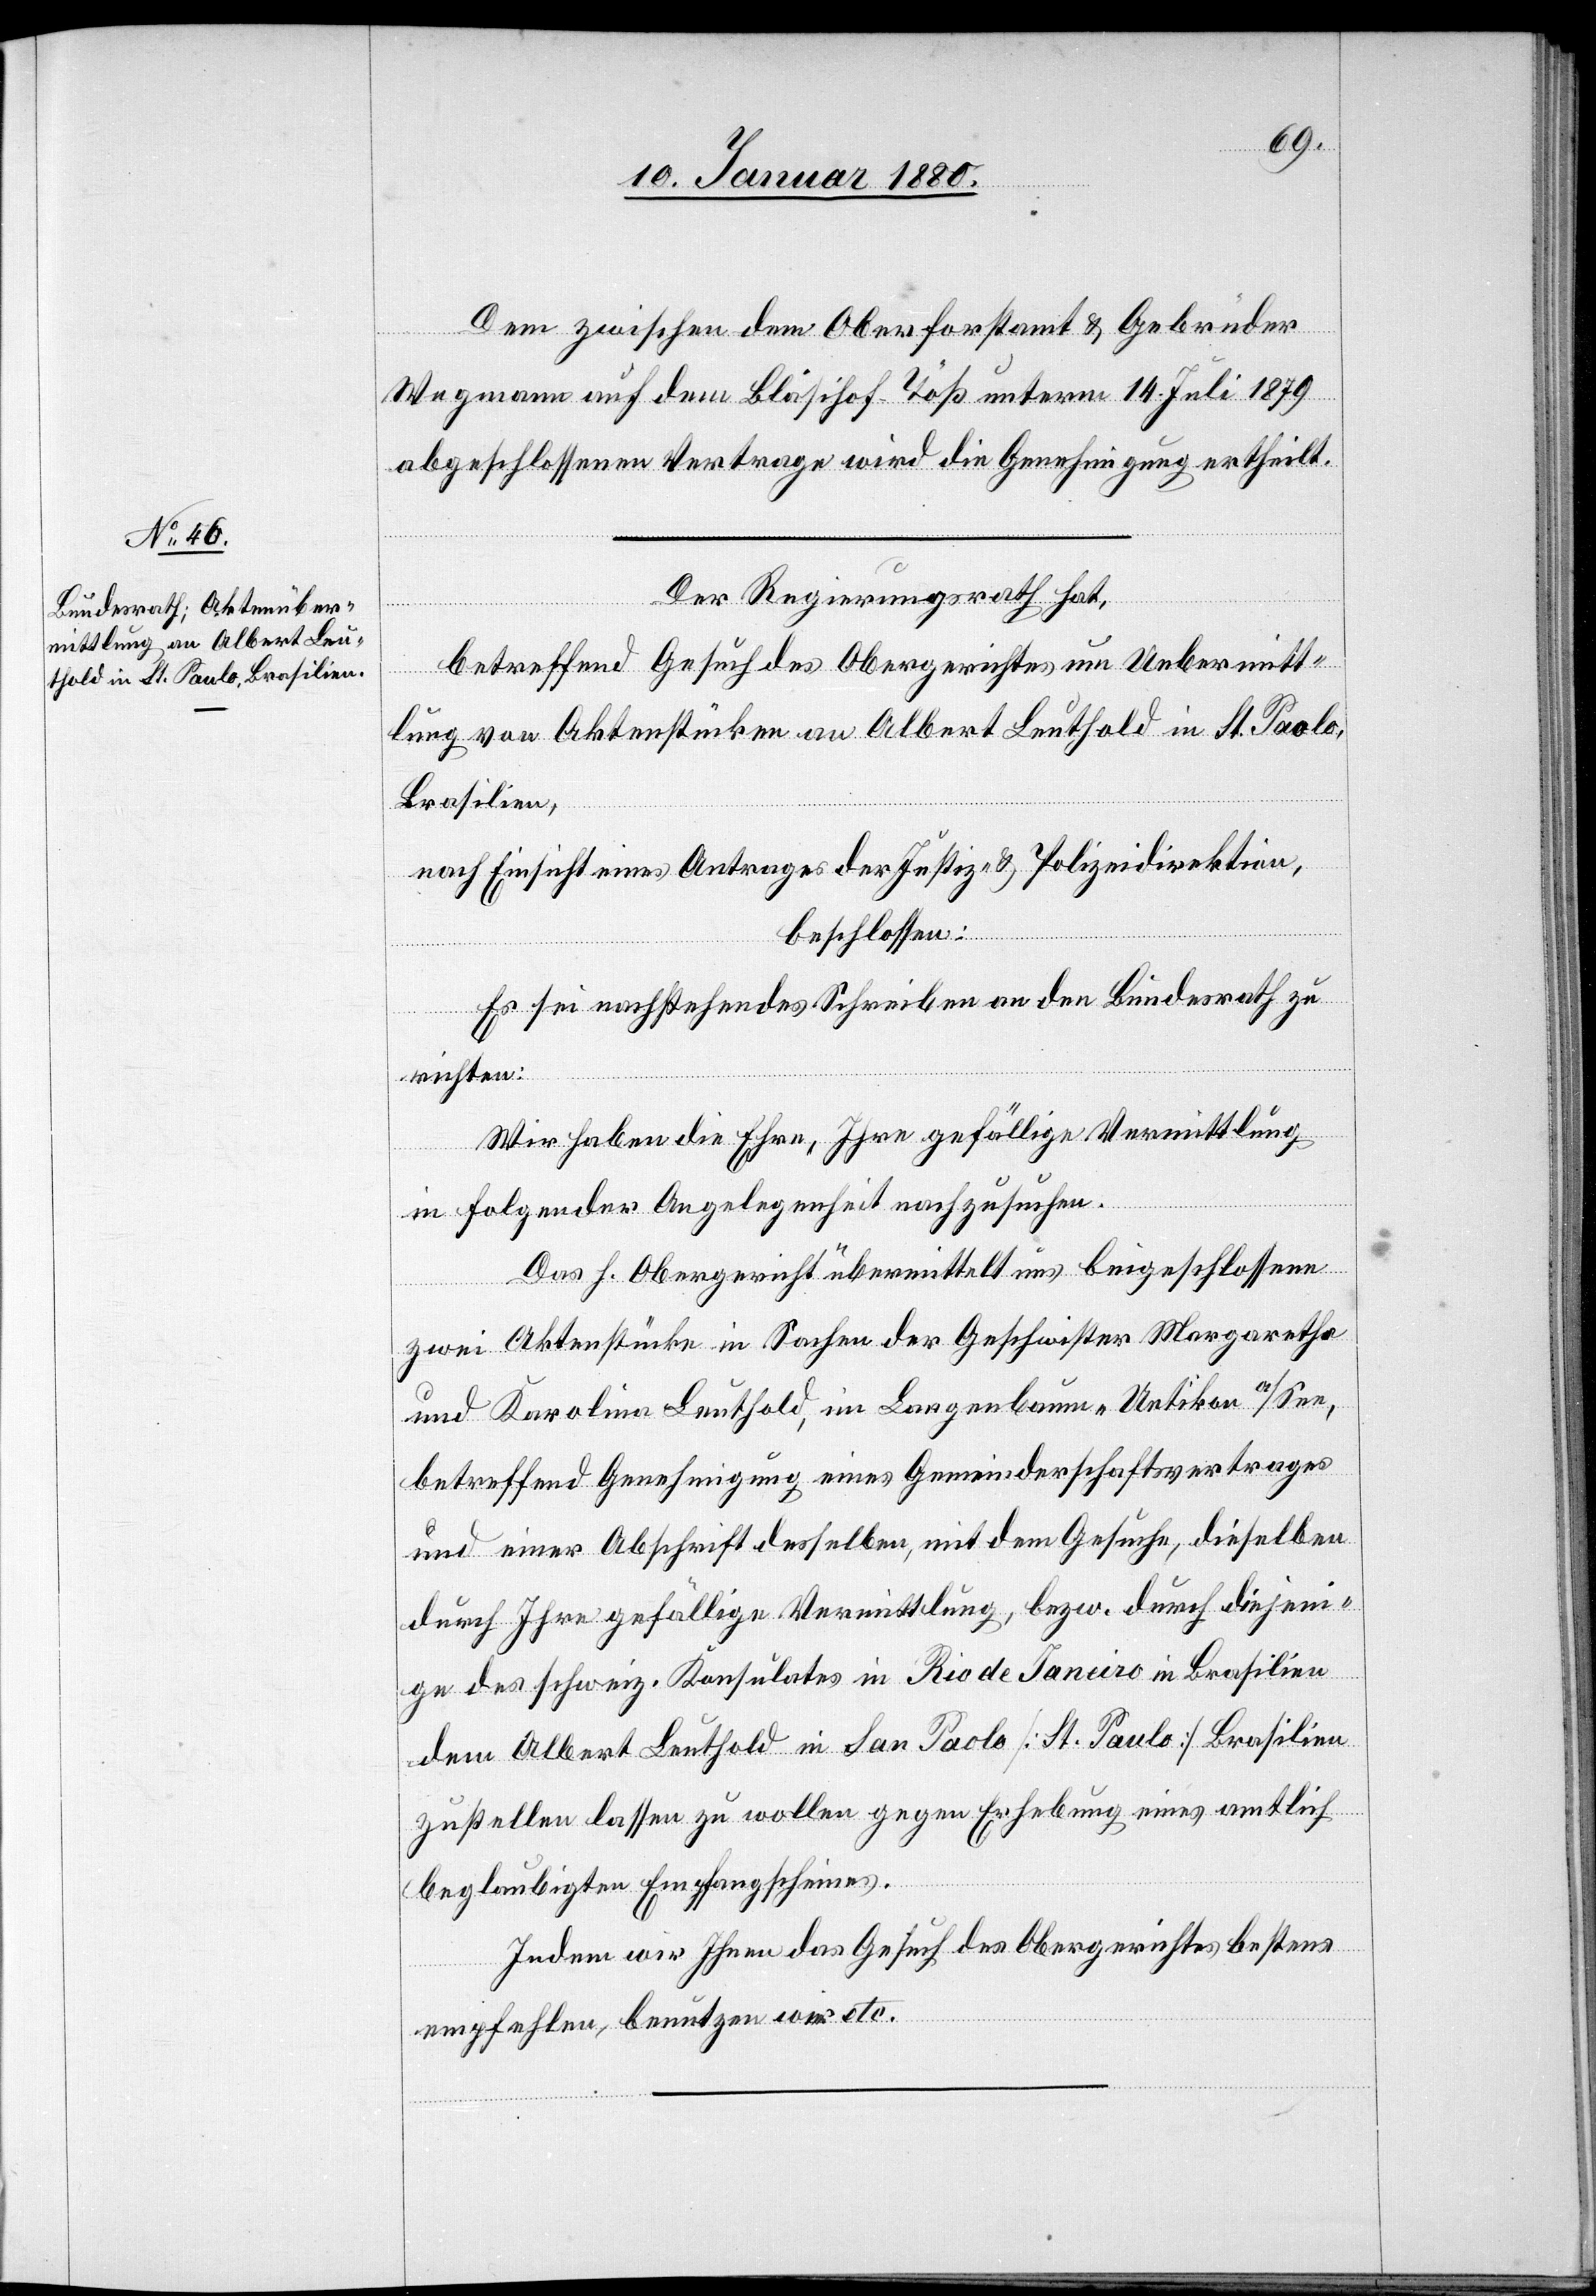
Dem zwischen dem Oberforstamt & Gebrüder
Wegmann auf dem Bläsihof - Töß unterm 14. Juli 1879
abgeschlossenen Vertrage wird die Genehmigung ertheilt.
Der Regierungsrath hat,
betreffend Gesuch des Obergerichtes um Uebermitt¬
lung von Aktenstücken an Albert Leuthold in St. Paolo,
Brasilien,
nach Einsicht eines Antrages der Justiz- & Polizeidirektion,
beschlossen:
Es sei nachstehendes Schreiben an den Bundesrath zu
richten:
Wir haben die Ehre, Ihre gefällige Vermittlung
in folgender Angelegenheit nachzusuchen.
Das h. Obergericht übermittelt uns beigeschlossen
zwei Aktenstücke in Sachen der Geschwister Margaretha
und Karolina Leuthold, in Langebaum - Uetikon a/See,
betreffend Genehmigung eines Gemeinderschaftsvertrages
und einer Abschrift desselben, mit dem Gesuche, dieselben
durch Ihre gefällige Vermittlung, bzw. durch diejeni¬
ge des schweiz. Konsulates in Rio de Janeiro in Brasilien
dem Albert Leuthold in San Paolo [St. Paulo] Brasilien
zustellen lassen zu wollen gegen Erhebung eines amtlich
beglaubigten Empfangscheines.
Indem wir Ihnen das Gesuch des Obergerichtes bestens
empfehlen, benutzen wir etc.